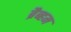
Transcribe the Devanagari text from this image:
ब्रैब्हम